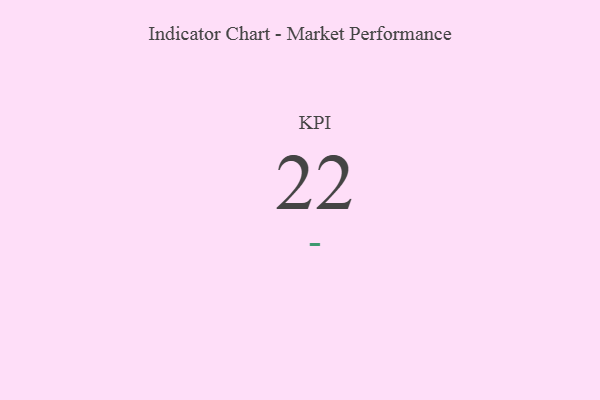
{"axis": {"x": "KPI", "y": "Value"}, "legend": [""], "data": [{"x": "KPI", "y": 22, "type": ""}]}